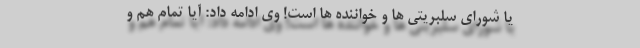
یا شورای سلبریتی ها و خواننده ها است! وی ادامه داد: آیا تمام هم و